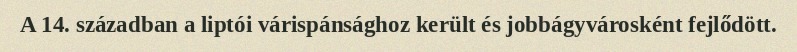
A 14. században a liptói várispánsághoz került és jobbágyvárosként fejlődött.